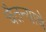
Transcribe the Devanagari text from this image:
चैतन्याचे